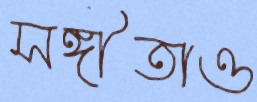
সঙ্গীতাও